Report on sanitation, dispensaries, and jails in Rajputana for 1917, and on vaccination for the year 1917-1918 - 1917-1918
Year: 1917
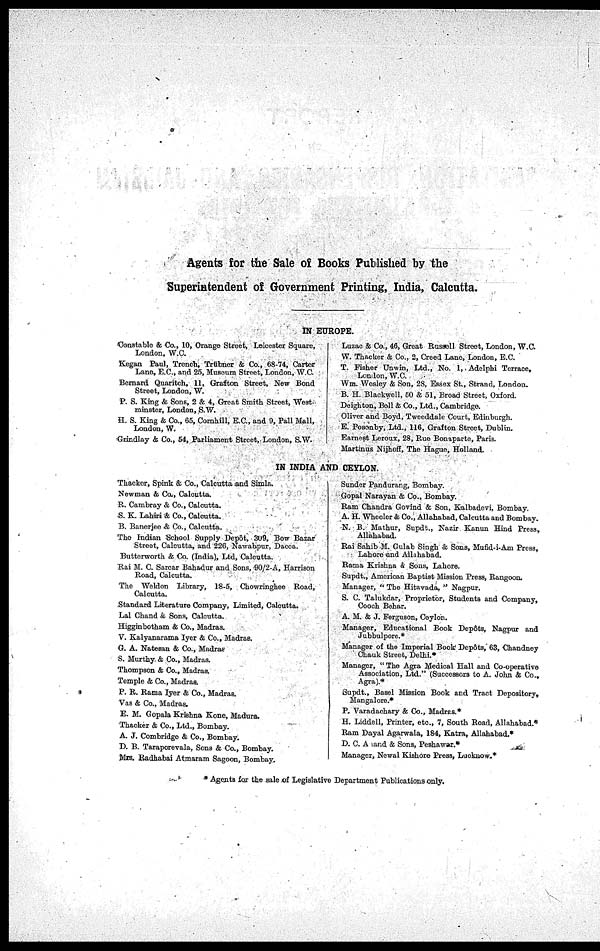
Agents for the Sale of Books Published by the
Superintendent of Government Printing, India, Calcutta.
IN EUROPE.
Constable & Co., 10, Orange Street, Leicester Square,
London, W.C.
Kegan Paul, Trench, Trübner & Co., 68-74. Carter
Lane, E.C., and 25, Muscum Street, London, W.C
Bernard Quaritch, 11, Grafton Street, New Bond
Street, London, W.
P. S. King & Sons, 2 & 4, Great Smith Street, West
minster, London, S.W.
H. S. King & Co., 65, Cornhill, E.C., and 9, Pall Mall.
London,W.
Grindlay & Co., 54, Parliament Street. London, S.W.
Luzac & Co., 46, Great Russell Street, London, W.C.
W. Thacker & Co., 2, Creed Lane, London, E.C.
T. Fisher Unwin, Ltd., No. 1, Adelphi Terrace,
London, W.C.
Wm. Wesley & Son, 28, Easex St., Strand, London.
B. H. Blackwell, 50 & 51, Broad Street, Oxford.
Deighton, Bell & Co., Ltd., Cambridge.
Oliver and Boyd, Tweeddale Court, Edinburgh.
E. Posonby, Ltd., 116, Grafton Street, Dublin.
Earnest Leroux, 28, Rue Bonaparte, Paris.
Martinus Nijhoff, The Hague, Holland,
IN INDIA AND CEYLON.
Thacker, Spink & Co., Calcutta and Simla.
Newman & Co., Calcutta.
R. Cambray & Co., Calcutta.
S. K. Lahiri & Co., Calcutta.
B. Banerjee & Co., Calcutta.
The Indian School Supply Depôt, 309, Bow Bazar
Street, Calcutta, and 226, Nawabpur, Dacca.
Butterworth & Co. (India), Ltd, Calcutta.
Rai M. C. Sarcar Bahadur and Sons, 90/2.A, Harrison
Road, Calcuta.
The Weldon Library, 18.5, Chowringhee Road,
Calcutta.
Standard Literature Company, Limited, Calcutta.
Lal Chand & Sons. Calcutta.
Higginbotham & Co., Madras.
V. Kalyanarama Iyer & Co., Madras.
G. A. Natesan & Co., Madras.
S. Murthy.& Co., Madras.
Thompson & Co., Madras.
Temple & Co., Madras.
P. R. Rama Iyer & Co., Madras.
Vas & Co., Madras.
E. M. Gopala Krishna Kone, Madura.
Thacker & Co., Ltd., Bombay.
A. J. Combridge & Co., Bombay.
D. B. Taraporevala, Sons & Co., Bombay.
Mrs. Radhabai Atmaram Sagoon, Bombay.
Sunder Pandurang, Bombay.
Gopal Narayan & Co., Bombay.
Ram Chandra Govind & Son, Kalbtdevi, Bombay.
A. H Wheeler & Co., Allahabad, Calcutta and Bombay.
N. B. Mathur, Supdt., Nazir Kanun Hind Press,
Allahabad.
Rai Sahib M. Gulab Singh & Sons, Mafid-i-Am Press,
Lahore and Allahabad.
Rama Krishna & Sons, Lahore.
Supdt., American Baptist Mission Press, Rangoon.
Manager, " The Hitavada, " Nagpur.
S. C. Talukdar, Proprietor, Students and Company,
Cooch Behar.
A. M. A J. Ferguson, Ceylon.
Manager, Educational Book Depôts, Nagpur and
Jubbulpore.*
Manager of the Imperial Book Depôts, 63, Chandney
Chauk Street, Delhi.*
Manager, "The Agra Medical Hall and Co-operative
Association, Ltd." (Successors to A. John & Co.,
Agra).*
Supdt., Basel Mission Book and Tract Depository,
Mangalore.*
P. Varadachary & Co., Madras.*
H. Liddell, Printer, etc., 7, South Road, Allahabad.*
Ram Dayal Agarwala, 184, Katra, Allahabad.*
D. C. Anand & Sons, Peshawar.*
Manager, Newal Kiahore Press, Lucknow.*
* Agents for the sale of Legislative Department Publications only.